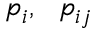
p _ { i } , \ \ p _ { i j }